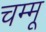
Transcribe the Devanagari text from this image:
चम्मू